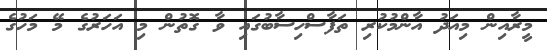
މީރާއިން މިއަދު އާންމުކުރި ތަފާސްހިސާބުގައި ވާ ގޮތުން މި އަހަރުގެ މޭ މަހުގެ